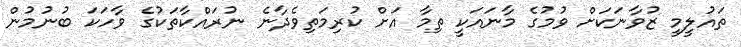
ތައުލީމީ ޒުވާނަކަށް ވުމުގެ މާނައަކީ ތިމާ އަށް ކުރިމަތިވެދާނެ ނުރައްކާތަކުގެ ވާހަކަ ބުނުމުން